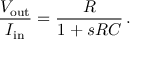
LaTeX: { \frac { V _ { \mathrm { o u t } } } { I _ { \mathrm { i n } } } } = { \frac { R } { 1 + s R C } } \, .